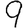
Digit: 9